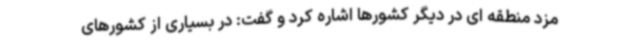
مزد منطقه ای در دیگر کشورها اشاره کرد و گفت: در بسیاری از کشورهای